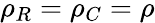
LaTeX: \rho_{R}=\rho_{C}=\rho